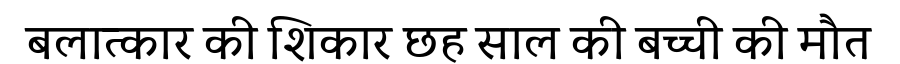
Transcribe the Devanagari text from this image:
बलात्कार की शिकार छह साल की बच्ची की मौत